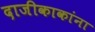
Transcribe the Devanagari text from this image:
दाजीकाकांना